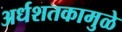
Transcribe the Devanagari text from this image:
अर्धशतकामुळे